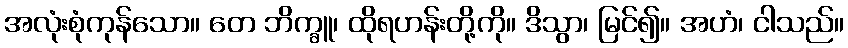
အလုံးစုံကုန်သော။ တေ ဘိက္ခူ၊ ထိုရဟန်းတို့ကို။ ဒိသွာ၊ မြင်၍။ အဟံ၊ ငါသည်။